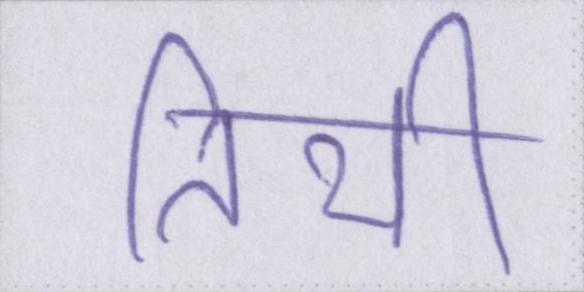
तिथी